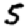
Digit: 5